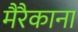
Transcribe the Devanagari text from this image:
मैरैकाना